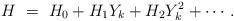
LaTeX: \begin{align*}H\ =\ H_0+ H_1Y_k+H_2Y_k^2 + \cdots.\end{align*}